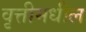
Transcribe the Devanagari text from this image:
वृत्तीमधील